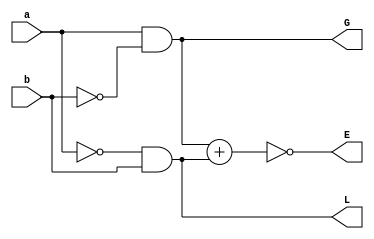
module mcp(
    input a,b,
    output G,E,L
    );
assign G=a&~b;
assign L=~a&b;
assign E=~(G+L);

endmodule